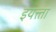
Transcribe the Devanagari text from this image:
इयत्त्ता